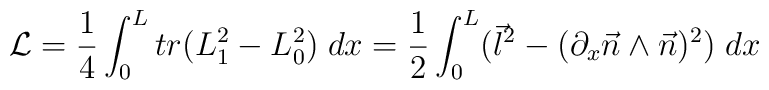
{\cal L} = \frac{1}{4} \int_{0}^{L} tr(L_{1}^2 - L_{0}^2) \; dx\\   = \frac{1}{2} \int_{0}^{L} (\vec{l}^2 -(\partial_{x} \vec{n}\wedge \\   \vec{n})^2) \; dx